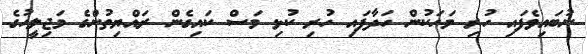
ނުބައިވެފައި ހުރި މަހަކުން ހަދާފައި ހުރި ކުޅި މަސް ކައިގެން ރައްޔިތުންގެ މަޖިލީހުގެ